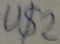
Text: U$2